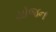
યોજન